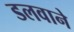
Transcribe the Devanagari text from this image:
डलवाने